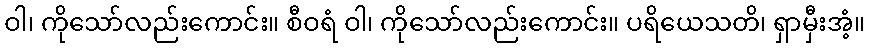
ဝါ၊ ကိုသော်လည်းကောင်း။ စီဝရံ ဝါ၊ ကိုသော်လည်းကောင်း။ ပရိယေသတိ၊ ရှာမှီးအံ့။